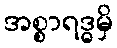
အစ္စာရဒ္ဓမှိ